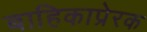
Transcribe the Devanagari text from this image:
बाहिकाप्रेरक